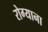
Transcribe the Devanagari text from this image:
रोग्याना